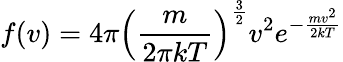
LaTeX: f(v)=4\pi\left({\frac{m}{2\pi kT}}\right)^{\frac{3}{2}}v^{2}e^{-{\frac{mv^{2}}{2kT}}}